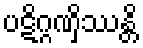
ပဋိဂ္ဂဏှိဿန္တိ